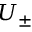
U _ { \pm }